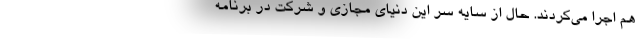
هم اجرا می‌کردند. حال از سایه سر این دنیای مجازی و شرکت در برنامه